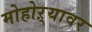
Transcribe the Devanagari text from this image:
मोहोऱ्यावर